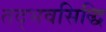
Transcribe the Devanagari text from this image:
तद्भवसिद्धि